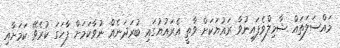
މައްސަލަތައް ޝާމިލްވެފައިނުވާ ރައުޔަކަށް ވާތީ އެރައުޔުގައި ބުރަދަނެއް ނުވާކަމަށް ފާހަގަ ކުރެވޭ ކަމަށާއި